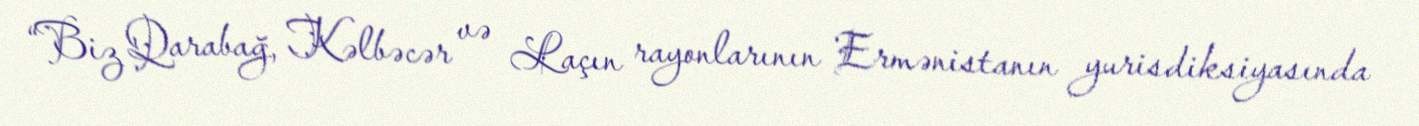
“Biz Qarabağ, Kəlbəcər və Laçın rayonlarının Ermənistanın yurisdiksiyasında